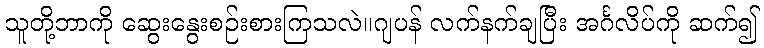
သူတို့ဘာကို ဆွေးနွေးစဉ်းစားကြသလဲ။ဂျပန် လက်နက်ချပြီး အင်္ဂလိပ်ကို ဆက်၍